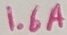
Text: 1.6A